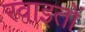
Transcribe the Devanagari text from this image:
रवाइतों